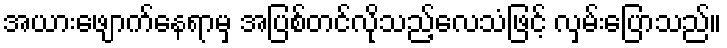
အယားဖျောက်နေရာမှ အပြစ်တင်လိုသည့်လေသံဖြင့် လှမ်းပြောသည်။